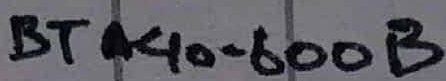
Text: BTA40-600B